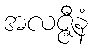
အလဇ္ဇီနံ